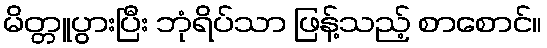
မိတ္တူပွားပြီး ဘုံရိပ်သာ ဖြန့်သည့် စာစောင်။